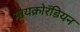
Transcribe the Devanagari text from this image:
मायक्रोरॅडियन